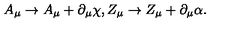
A _ { \mu } \to A _ { \mu } + \partial _ { \mu } \chi , Z _ { \mu } \to Z _ { \mu } + \partial _ { \mu } \alpha .